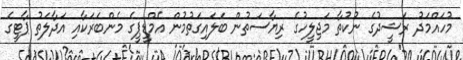
މުހައްމަދު ރަޝީދުގެ ނުކުތާ މަޖިލީހުގެ ރިޔާސަތުން ބަލައިގަތުމުން އެމްޑީޕީގެ މެންބަރަކާއި އަދާލަތު ޕާޓީގެ